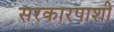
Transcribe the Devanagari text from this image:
सरकारपाशी